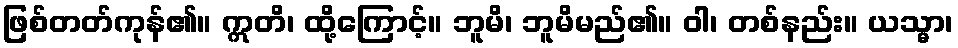
ဖြစ်တတ်ကုန်၏။ ဣတိ၊ ထို့ကြောင့်။ ဘူမိ၊ ဘူမိမည်၏။ ဝါ၊ တစ်နည်း။ ယသ္မာ၊